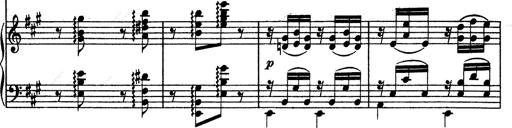
Title: Hungarian Rhapsody No.13
Composer: Franz Liszt
Key: A minor